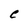
Character: e